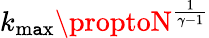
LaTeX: k_{\operatorname*{m\mathtt{a}x}}\proptoN^{\frac{{1}}{{\gamma-1}}}